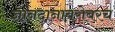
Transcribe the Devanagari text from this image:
ज्ञानदानाबरोबरच